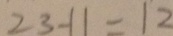
2 3 - 1 1 = 1 2